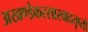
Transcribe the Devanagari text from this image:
अखण्डैकरसास्वादतृप्तो